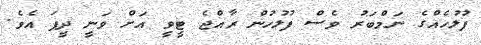
ފުލުހެއްގެ ނަމްބަރު ވެސް ފުލުހުން ރާއްޖެ ޓީވީ އަށް ވަނީ ދީފަ އެވެ.